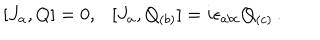
LaTeX: [ J _ { a } , Q ] = 0 , \ \ \ [ J _ { a } , Q _ { ( b ) } ] = i \epsilon _ { a b c } Q _ { ( c ) } \, .